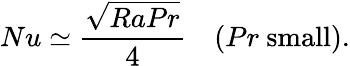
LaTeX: Nu\simeq\frac{\sqrt{RaPr}}{4}\quad(Pr\ \textrm{small}).